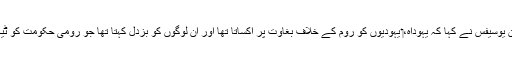
‏ یہودی تاریخ‌دان یوسیفس نے کہا کہ یہوداہ،‏ یہودیوں کو روم کے خلاف بغاوت پر اُکساتا تھا اور اُن لوگوں کو بزدل کہتا تھا جو رومی حکومت کو ٹیکس دیتے تھے۔